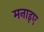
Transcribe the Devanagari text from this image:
मनाइए